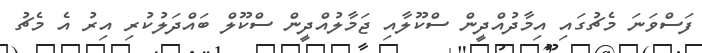
ފަސްވަނަ މެޗުގައި އިމާދުއްދީން ސްކޫލާއި ޖަމާލުއްދީން ސްކޫލް ބައްދަލުކުރި އިރު އެ މެޗު